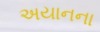
અયાનના